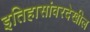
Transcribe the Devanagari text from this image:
इतिहासांवरदेखील